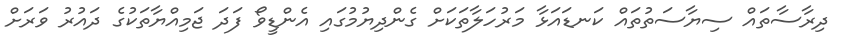
ދިރާސާތައް ސިޔާސަތުތައް ކަނޑައަޅާ މަރުހަލާތަކަށް ގެންދިޔުމުގައި އެންޑީވޯ ފަދަ ޖަމިއްޔާތަކުގެ ދައުރު ވަރަށް